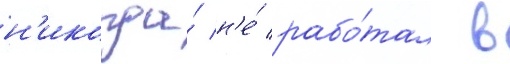
н'икогда́ н'е́ рабо́тал в